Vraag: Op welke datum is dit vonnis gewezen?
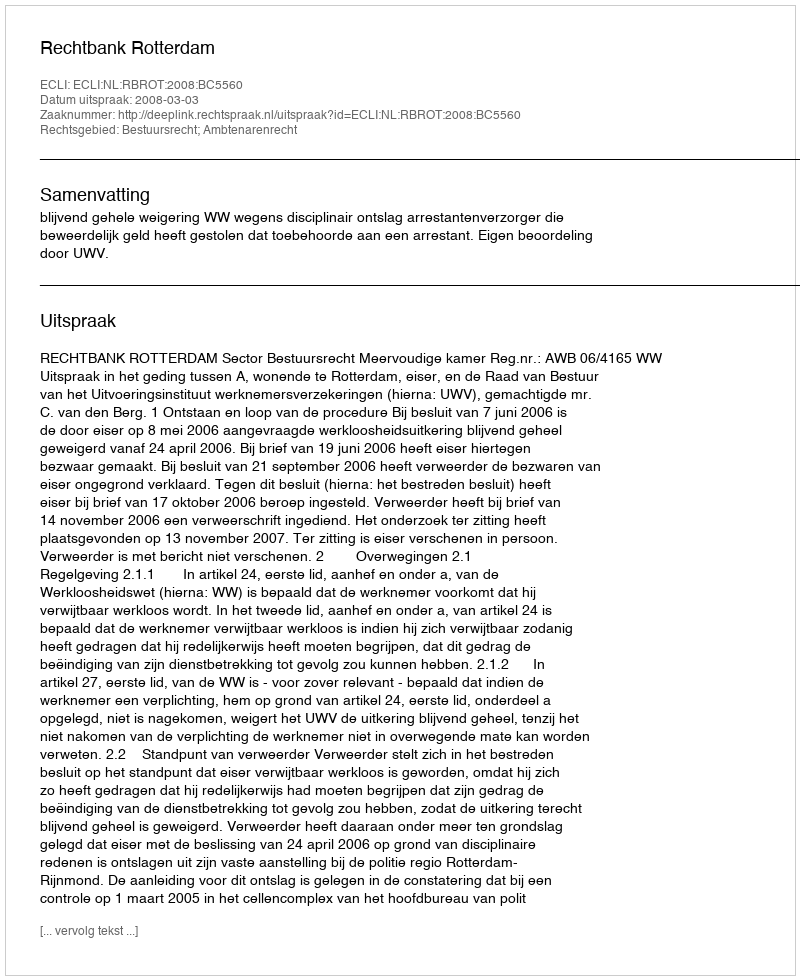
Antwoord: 2008-03-03